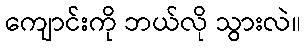
ကျောင်းကို ဘယ်လို သွားလဲ။